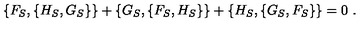
\{ F _ { S } , \{ H _ { S } , G _ { S } \} \} + \{ G _ { S } , \{ F _ { S } , H _ { S } \} \} + \{ H _ { S } , \{ G _ { S } , F _ { S } \} \} = 0 \ .